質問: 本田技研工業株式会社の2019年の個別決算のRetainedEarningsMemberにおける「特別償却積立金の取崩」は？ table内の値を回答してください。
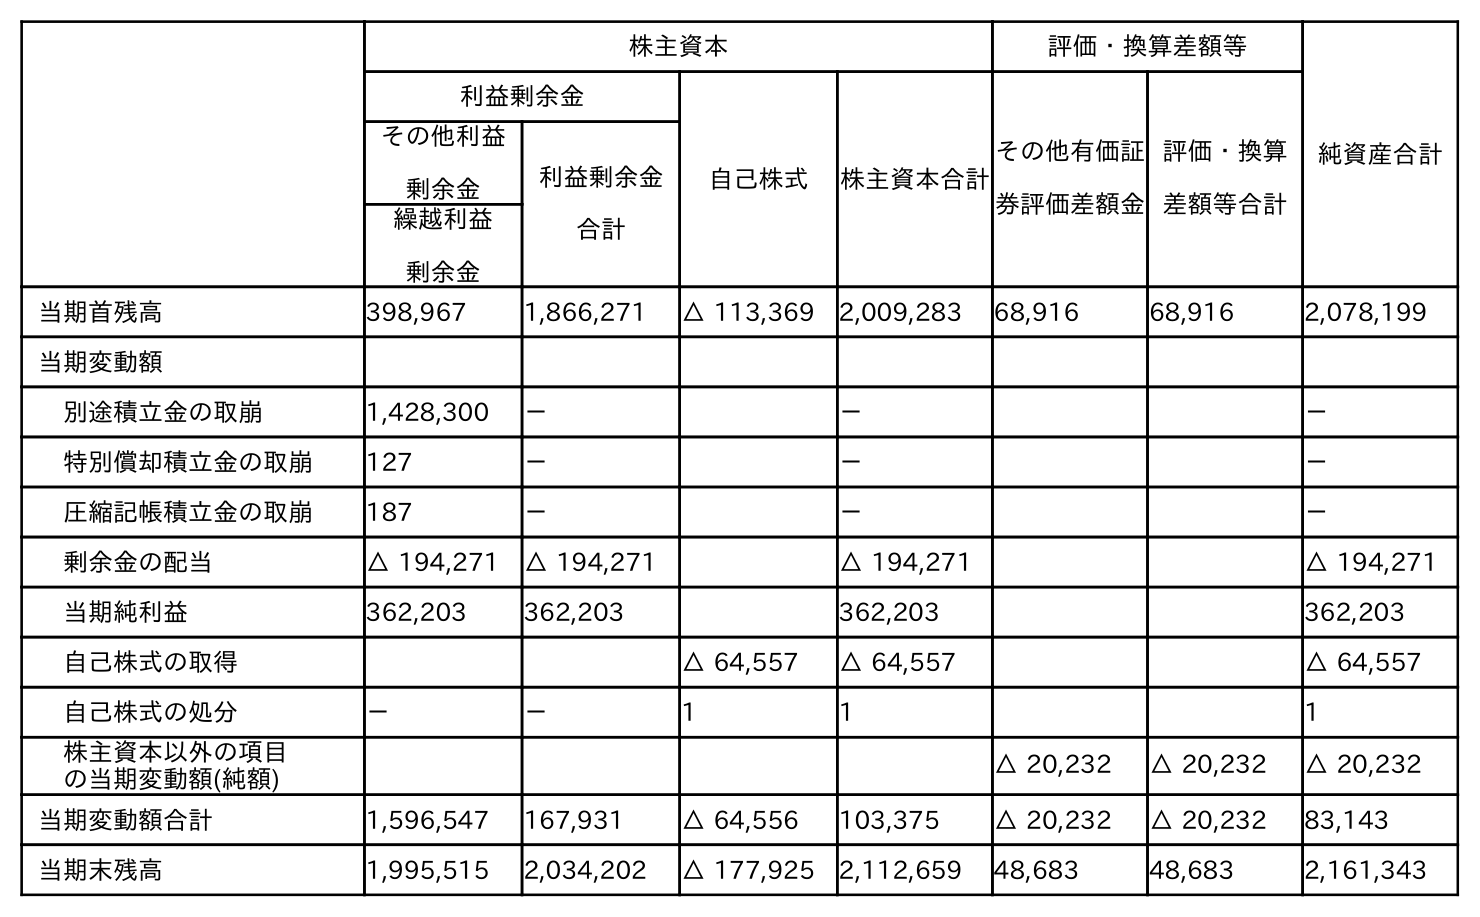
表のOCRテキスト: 株主資本 評価・換算差額等 純資産合計 利益剰余金 自己株式 株主資本合計 その他有価証 券評価差額金 評価・換算 差額等合計 その他利益 剰余金 利益剰余金 合計 繰越利益 剰余金 当期首残高 398,967 1,866,271 △ 113,369 2,009,283 68,916 68,916 2,078,199 当期変動額 別途積立金の取崩 1,428,300 － － － 特別償却積立金の取崩 127 － － － 圧縮記帳積立金の取崩 187 － － － 剰余金の配当 △ 194,271 △ 194,271 △ 194,271 △ 194,271 当期純利益 362,203 362,203 362,203 362,203 自己株式の取得 △ 64,557 △ 64,557 △ 64,557 自己株式の処分 － － 1 1 1 株主資本以外の項目 の当期変動額(純額) △ 20,232 △ 20,232 △ 20,232 当期変動額合計 1,596,547 167,931 △ 64,556 103,375 △ 20,232 △ 20,232 83,143 当期末残高 1,995,515 2,034,202 △ 177,925 2,112,659 48,683 48,683 2,161,343
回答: －